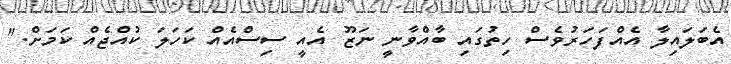
އެބަލައިލާ އެއްފަހަރުވެސް ހިތުގައި ބާއްވާނީ ނަޒޫ އެއީ ސިސްއެއް ކަހަލަ ކުއްޖެއް ކަމަށް."